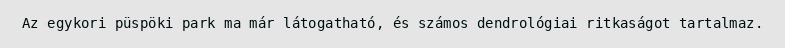
Az egykori püspöki park ma már látogatható, és számos dendrológiai ritkaságot tartalmaz.